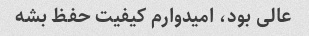
عالی بود، امیدوارم کیفیت حفظ بشه